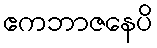
ဧကဘာဇနေပိ